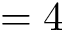
= 4